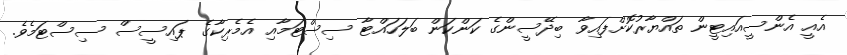
އެއީ އެންސީއައިޓީން ތައްޔާރުކޮށްފައިވާ ބިދޭސީންގެ ކަންކަން ބަލަހައްޓާ ސިސްޓަމާއި އެމެރިކާގެ ޕައިސީސް ސިސްޓަމެވެ.